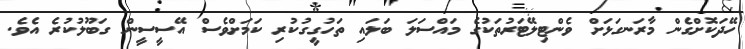
ހޭދަކޮށްގެން މާރަނގަޅަށް ވެންޓިލޭޓަރުތަކުގެ މައްސަލަ ބަލައި ތަހުގީގުކުރި ކަމަށްވެސް އޭސީސީން ގަބޫލުކުރެ އެވެ.